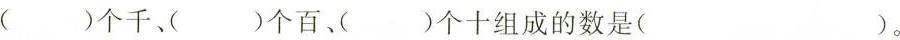
()个千、()个百、()个十组成的数是( )。